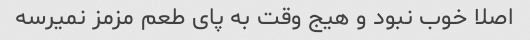
اصلا خوب نبود و هیج وقت به پای طعم مزمز نمیرسه